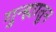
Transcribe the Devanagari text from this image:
गुन्ह्यातून